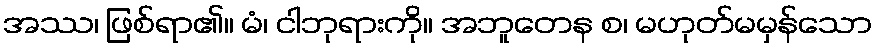
အဿ၊ ဖြစ်ရာ၏။ မံ၊ ငါဘုရားကို။ အဘူတေန စ၊ မဟုတ်မမှန်သော